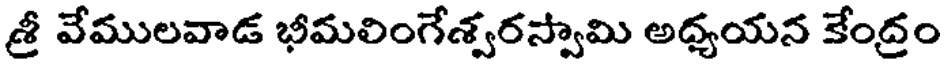
శ్రీ వేములవాడ భీమలింగేశ్వరస్వామి అధ్యయన కేంద్రం